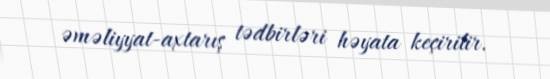
əməliyyat-axtarış tədbirləri həyata keçirilir.